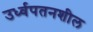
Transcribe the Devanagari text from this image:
उर्ध्वपतनशील